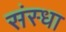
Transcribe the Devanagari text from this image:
संस्धा